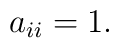
a_{ii} = 1.